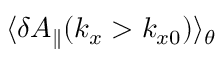
\langle \delta A _ { \parallel } ( k _ { x } > k _ { x 0 } ) \rangle _ { \theta }